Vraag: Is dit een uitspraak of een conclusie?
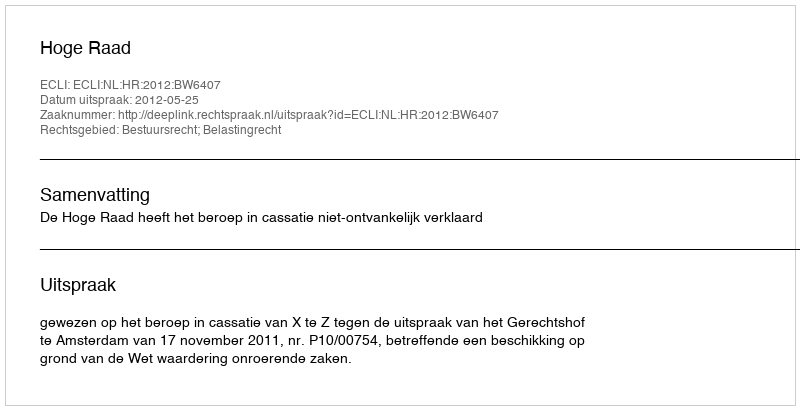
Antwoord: Uitspraak